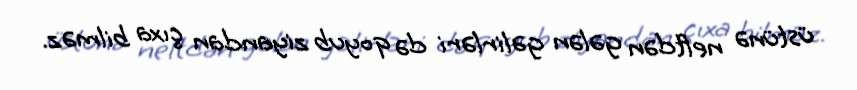
üstünə neftdən gələn gəlirləri də qoyub ziyandan çıxa bilməz.